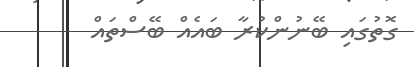
ގޮތުގައި ބޭނުންކުރާ ބައެއް ބޭސްތައް